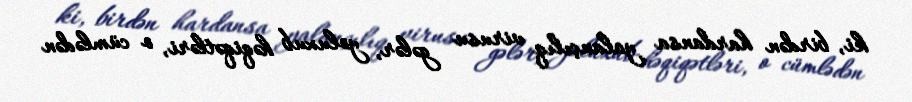
ki, birdən hardansa yalançılıq virusu gələr, yoluxub həqiqətləri, o cümlədən